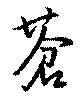
蒼